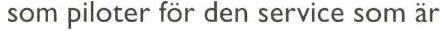
som piloter för den service som är